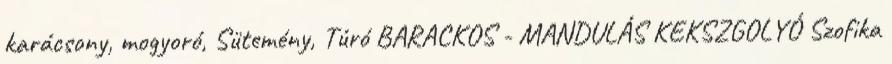
karácsony, mogyoró, Sütemény, Túró BARACKOS - MANDULÁS KEKSZGOLYÓ Szofika